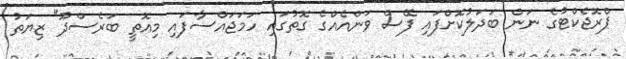
ޕްރޮޖެކްޓުގެ ނަން ބަދަލުކޮށްފައި ފޭސް ވަންއެއްގެ ގޮތުގައި ހަމަޖައްސާފައި މިއޮތީ ބަރެސްދޫ" ޒިޔަތު